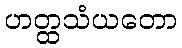
ဟတ္ထသံယတော